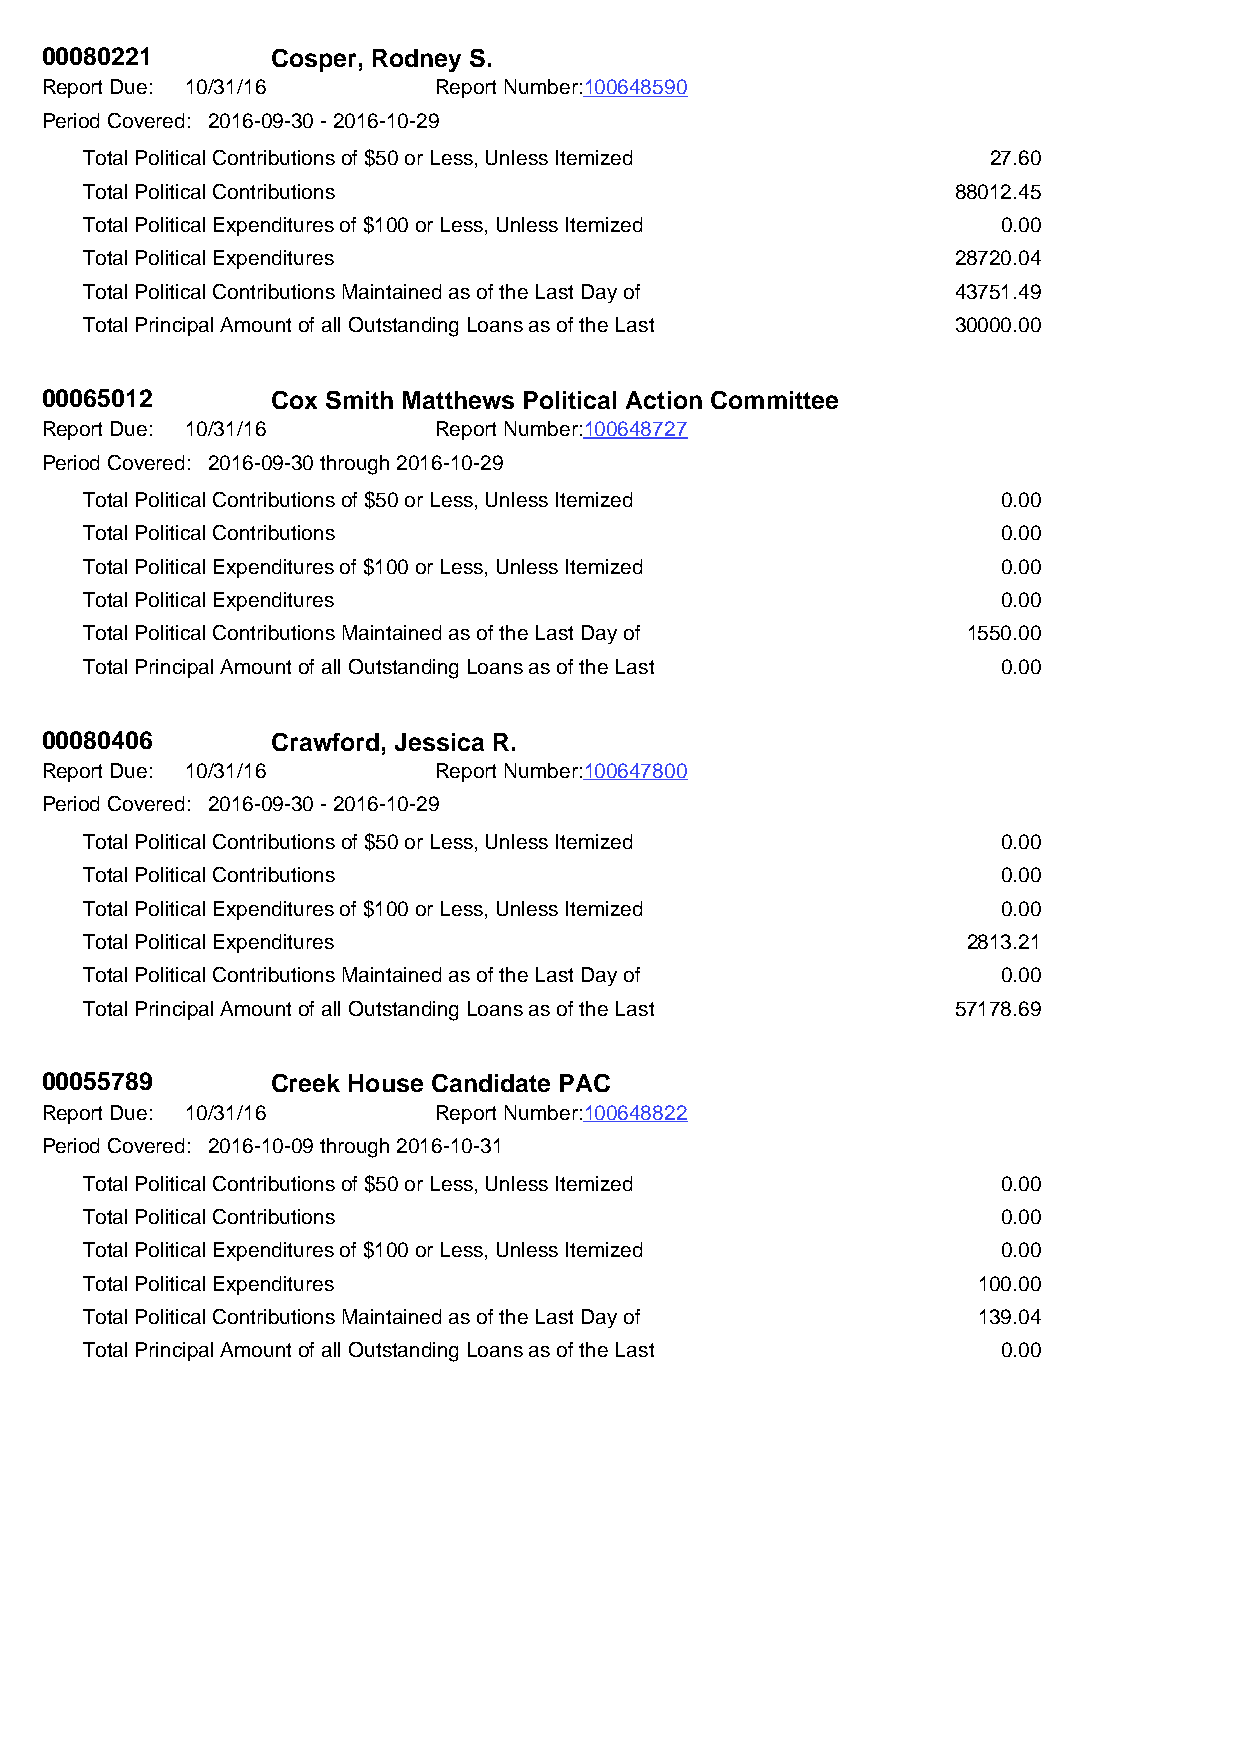
00080221       Cosper, Rodney S.
 Report Due: 10/31/16      Report Number:100648590
 Period Covered: 2016-09-30 - 2016-10-29
 Total Political Contributions of $50 or Less, Unless Itemized 27.60
 Total Political Contributions                            88012.45
 Total Political Expenditures of $100 or Less, Unless Itemized 0.00
 Total Political Expenditures                             28720.04
 Total Political Contributions Maintained as of the Last Day of 43751.49
 Total Principal Amount of all Outstanding Loans as of the Last 30000.00
 00065012       Cox Smith Matthews Political Action Committee
 Report Due: 10/31/16      Report Number:100648727
 Period Covered: 2016-09-30 through 2016-10-29
 Total Political Contributions of $50 or Less, Unless Itemized 0.00
 Total Political Contributions                               0.00
 Total Political Expenditures of $100 or Less, Unless Itemized 0.00
 Total Political Expenditures                                0.00
 Total Political Contributions Maintained as of the Last Day of 1550.00
 Total Principal Amount of all Outstanding Loans as of the Last 0.00
 00080406       Crawford, Jessica R.
 Report Due: 10/31/16      Report Number:100647800
 Period Covered: 2016-09-30 - 2016-10-29
 Total Political Contributions of $50 or Less, Unless Itemized 0.00
 Total Political Contributions                               0.00
 Total Political Expenditures of $100 or Less, Unless Itemized 0.00
 Total Political Expenditures                              2813.21
 Total Political Contributions Maintained as of the Last Day of 0.00
 Total Principal Amount of all Outstanding Loans as of the Last 57178.69
 00055789       Creek House Candidate PAC
 Report Due: 10/31/16      Report Number:100648822
 Period Covered: 2016-10-09 through 2016-10-31
 Total Political Contributions of $50 or Less, Unless Itemized 0.00
 Total Political Contributions                               0.00
 Total Political Expenditures of $100 or Less, Unless Itemized 0.00
 Total Political Expenditures                               100.00
 Total Political Contributions Maintained as of the Last Day of 139.04
 Total Principal Amount of all Outstanding Loans as of the Last 0.00